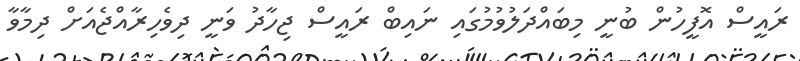
ރައީސް އޮފީހުން ބުނީ މިބައްދަލުވުމުގައި ނައިބް ރައީސް ޖިހާދު ވަނީ ދިވެހިރާއްޖެއަށް ދިމާވާ